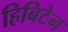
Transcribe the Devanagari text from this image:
हिबिटेन